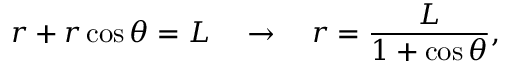
r + r \cos \theta = L \quad \rightarrow \quad r = \frac { L } { 1 + \cos \theta } ,